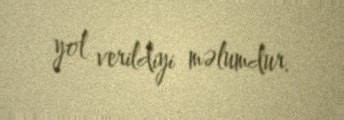
yol verildiyi məlumdur.